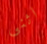
اثنى